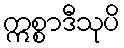
ဣစ္စာဒီသုပိ